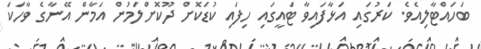
ބަހައްޓާލިއެވެ. ކަރުގައި އަޅާފައިވާ ޓައީގައި ހިފައި ކުޑަކޮށް ދޫކޮށްލަމުން އަމާން އޭނާގެ ވާހަކަ